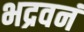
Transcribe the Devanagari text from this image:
भद्रवनं